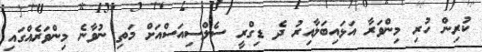
ކުރިން ހުރި މިންވަރާ އަޅައިބަލާއިރު ދެ ޑިގްރީ ސެލްސިއަސްއަށް މަތި ނުވާނެ މިންވަރެއްގައި